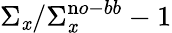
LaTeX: \Sigma_{\mathit{x}}/\Sigma_{\mathit{x}}^{\mathrm{n}o-bb}-1